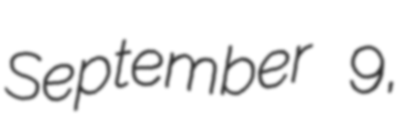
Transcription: September 9,